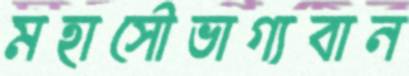
মহাসৌভাগ্যবান